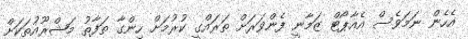
އެހެން ނަމަވެސް އެއާޕޯޓް ޒަމާނީ ފެންވަރަށް ތަރައްގީ ކުރުމަށް ހިންގާ ތަފާތު މަޝްރޫއުތަކަށް